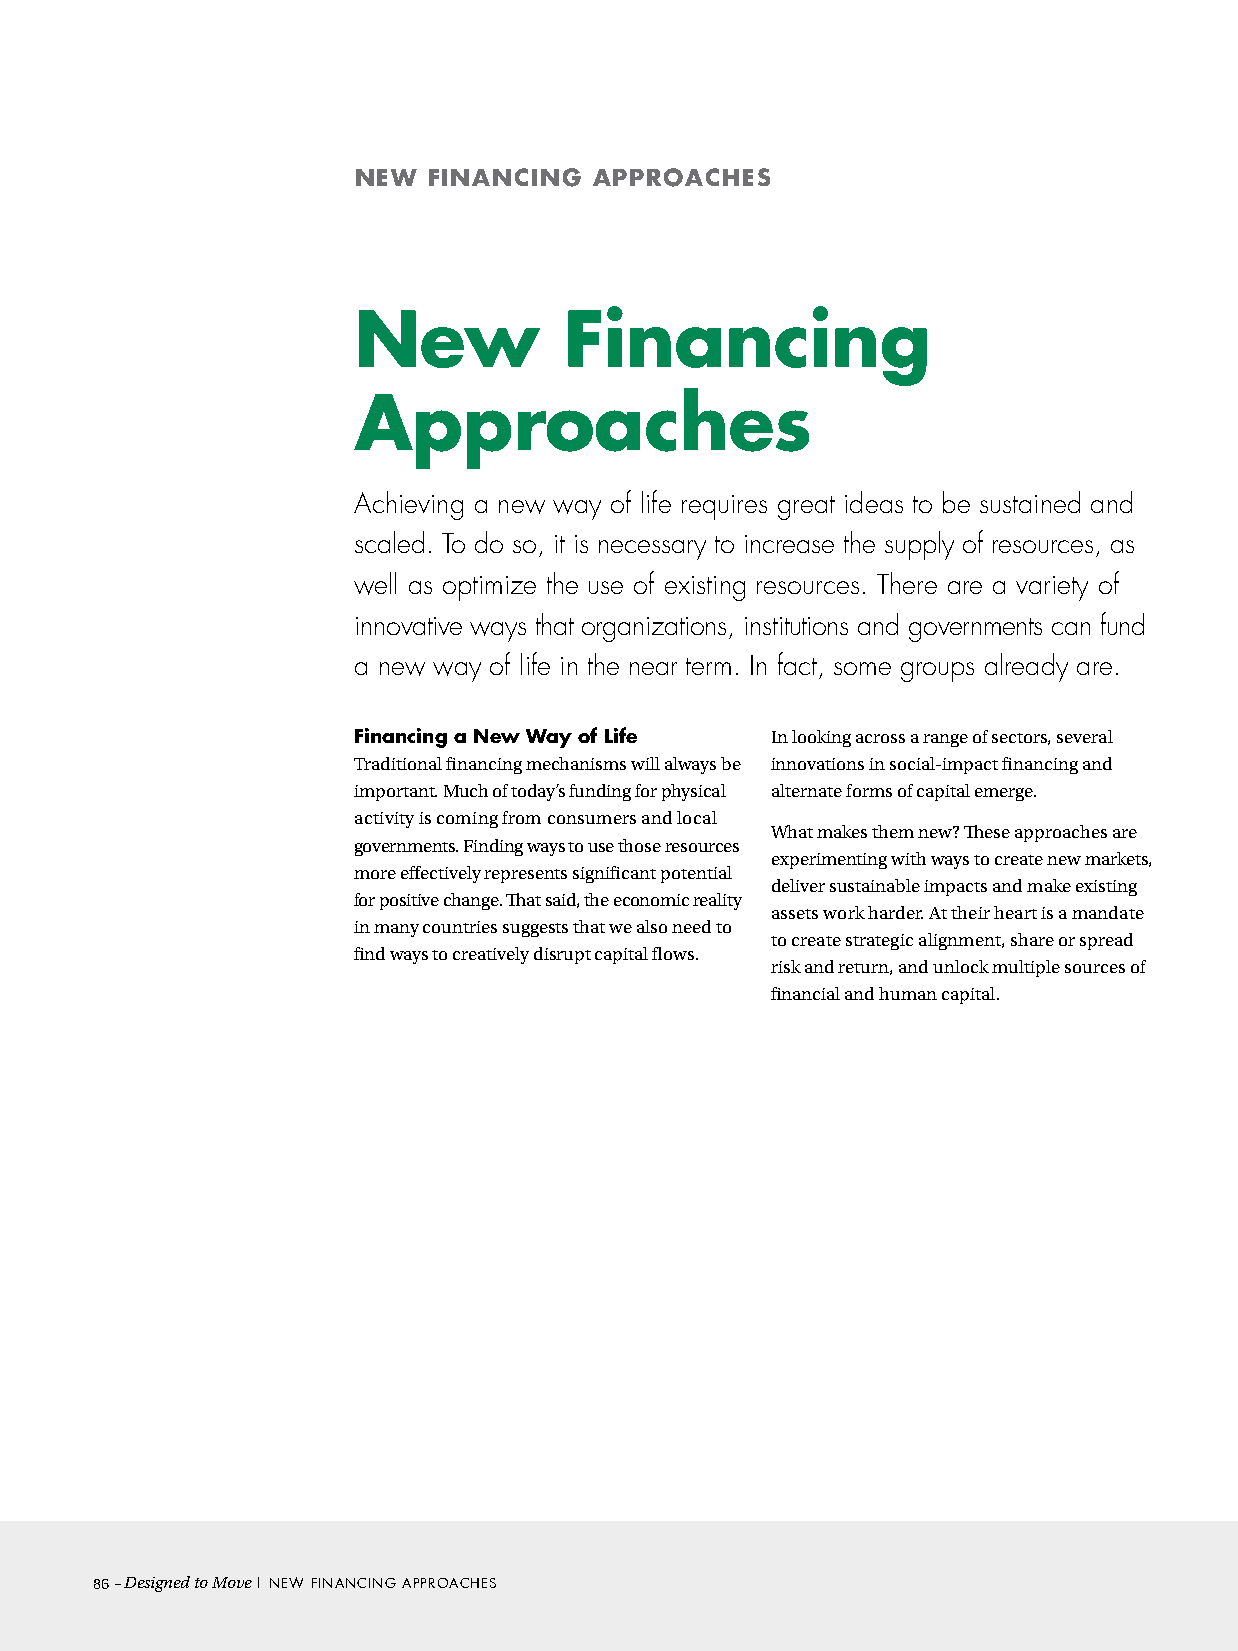
NEW  FINANCING  APPROACHES
 New           Financing
 Approaches
 Achieving a new way of life requires great ideas to be sustained and
 scaled. To do so, it is necessary to increase the supply of resources, as
 well as optimize the use of existing resources. There are a variety of
 innovative ways that organizations, institutions and governments can fund
 a new way of life in the near term. In fact, some groups already are.
 Financing a New Way of Life In looking across a range of sectors, several
 Traditional financing mechanisms will always be innovations in social-impact financing and
 important. Much of today’s funding for physical alternate forms of capital emerge.
 activity is coming from consumers and local
 What makes them new? These approaches are
 governments. Finding ways to use those resources
 experimenting with ways to create new markets,
 more effectively represents significant potential
 deliver sustainable impacts and make existing
 for positive change. That said, the economic reality
 assets work harder. At their heart is a mandate
 in many countries suggests that we also need to
 to create strategic alignment, share or spread
 find ways to creatively disrupt capital flows.
 risk and return, and unlock multiple sources of
 financial and human capital.
 86– Designed to Move | New fiNANciNg ApproAcHeS